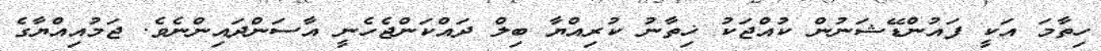
ހިތާމަ އަކީ ފައުންޑޭޝަނުން ކުއްޖަކު ޚިތާނު ކުރިއްޔާ ބިލް ދައްކަންޖެހެނީ އާސަންދައިންނެވެ. ޖަމުއިއްޔާގެ